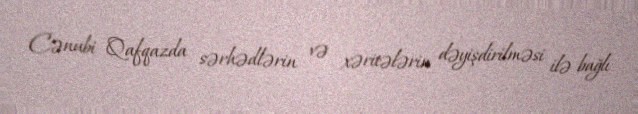
Cənubi Qafqazda sərhədlərin və xəritələrin dəyişdirilməsi ilə bağlı